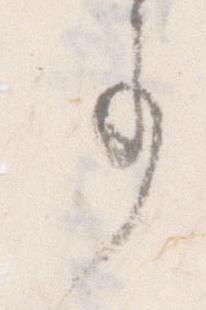
事